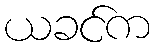
ယခင်က